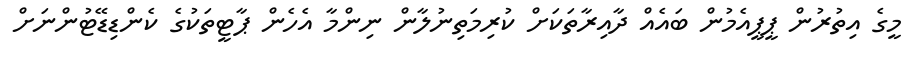
މީގެ އިތުރުން ޕީޕީއެމުން ބައެއް ދާއިރާތަކަށް ކުރިމަތިނުލާން ނިންމާ އެހެން ޕާޓީތަކުގެ ކެންޑިޑޭޓުންނަށް